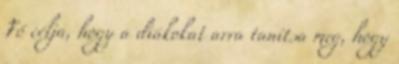
Fő célja, hogy a diákokat arra tanítsa meg, hogy